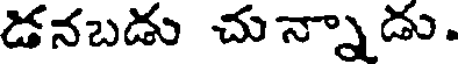
డనబడు చున్నాడు.